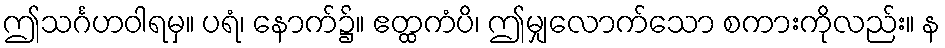
ဤသင်္ဂဟဝါရမှ။ ပရံ၊ နောက်၌။ ဧတ္ထကံပိ၊ ဤမျှလောက်သော စကားကိုလည်း။ န